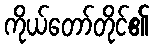
ကိုယ်တော်တိုင်၏